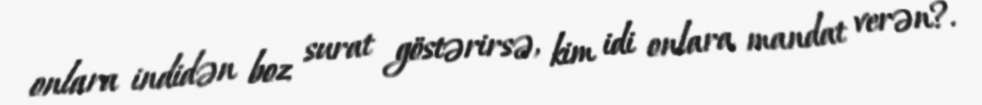
onlara indidən boz surat göstərirsə, kim idi onlara mandat verən?.